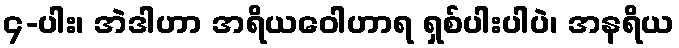
၄-ပါး၊ အဲဒါဟာ အရိယဝေါဟာရ ရှစ်ပါးပါပဲ၊ အနရိယ